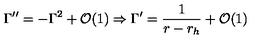
\Gamma ^ { \prime \prime } = - \Gamma ^ { 2 } + { \cal { O } } ( 1 ) \Rightarrow \Gamma ^ { \prime } = \frac { 1 } { r - r _ { h } } + { \cal { O } } ( 1 )